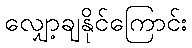
လျှော့ချနိုင်ကြောင်း